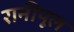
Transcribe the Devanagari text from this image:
रानीपूल